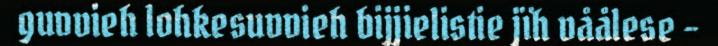
guvvieh lohkesuvvieh bijjielistie jïh våålese -